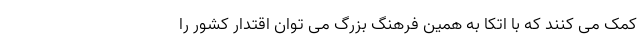
کمک می کنند که با اتکا به همین فرهنگ بزرگ می توان اقتدار کشور را